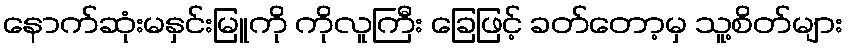
နောက်ဆုံးမနှင်းမြူကို ကိုလူကြီး ခြေဖြင့် ခတ်တော့မှ သူ့စိတ်များ